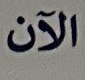
الآن